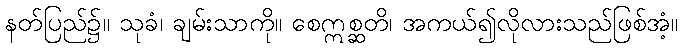
နတ်ပြည်၌။ သုခံ၊ ချမ်းသာကို။ စေဣစ္ဆတိ၊ အကယ်၍လိုလားသည်ဖြစ်အံ့။